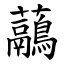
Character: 虉